Vaccination in Bombay 1902-1912 - 1902-1912
Year: 1902
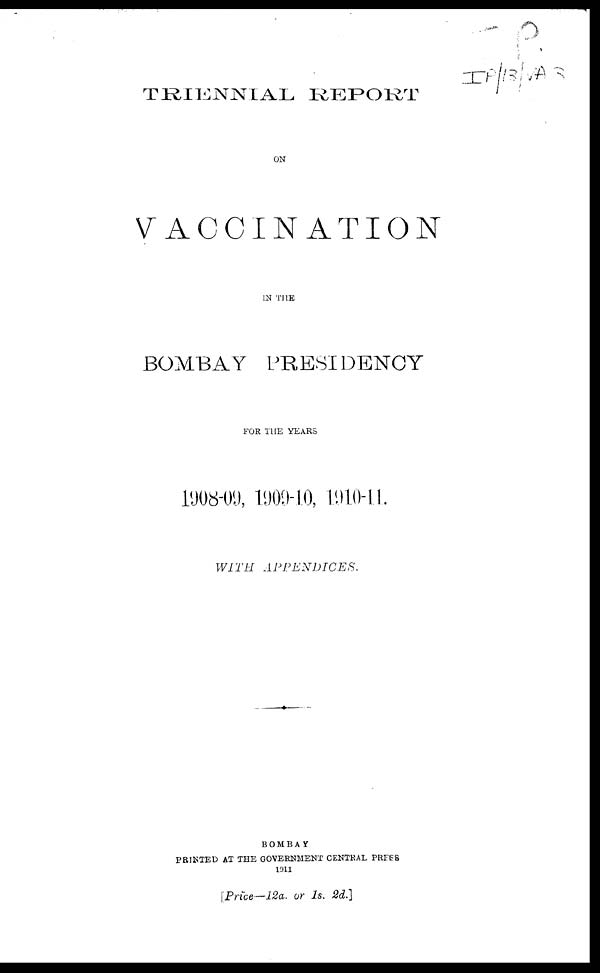
TRIENNIAL REPORT
ON
VACCINATION
IN THE
BOMBAY PRESIDENCY
FOR THE YEARS
1908-09, 1909-10, 1910-11.
WITH
APPENDICES.
BOMBAY
PRINTED AT THE GOVERNMENT CENTRAL PRESS
1911
[Price—12a. or 1s. 2d.]